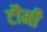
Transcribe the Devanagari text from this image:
टौमी